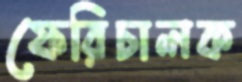
ফেরিচালক